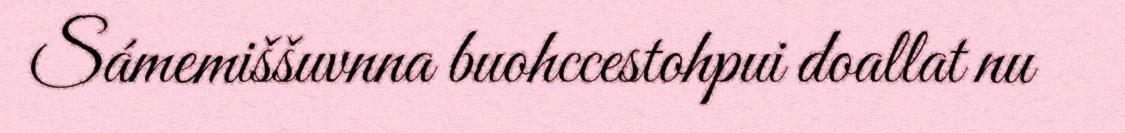
Sámemiššuvnna buohccestohpui doallat nu